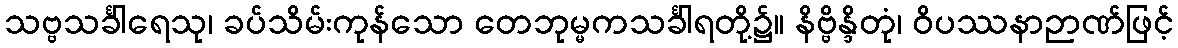
သဗ္ဗသင်္ခါရေသု၊ ခပ်သိမ်းကုန်သော တေဘုမ္မကသင်္ခါရတို့၌။ နိဗ္ဗိန္ဒိတုံ၊ ဝိပဿနာဉာဏ်ဖြင့်